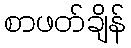
စာဖတ်ချိန်